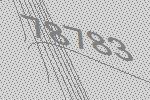
78783